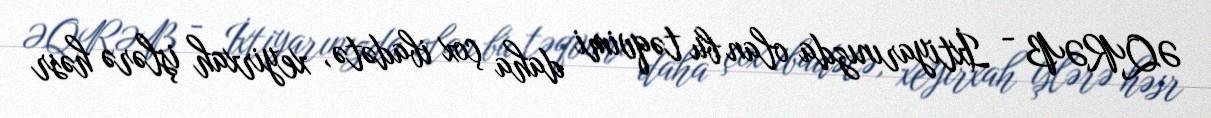
ƏQRƏB - İxtiyarınızda olan bu təqvimi daha çox ibadətə, xeyirxah işlərə həsr